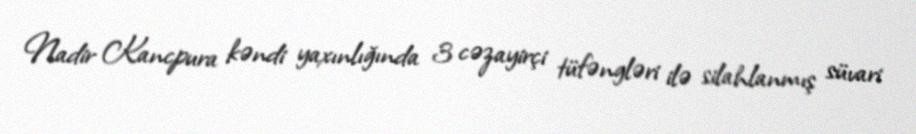
Nadir Kancpura kəndi yaxınlığında 3 cəzayirçi tüfəngləri ilə silahlanmış süvari